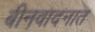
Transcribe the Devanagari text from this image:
बीनवादनात